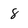
Character: 8